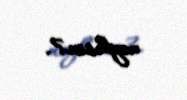
neyləsin?.